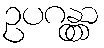
ဥပဂန္တွာ